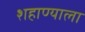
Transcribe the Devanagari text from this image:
शहाण्याला